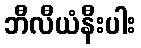
ဘီလီယံနီးပါး